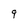
Character: 9